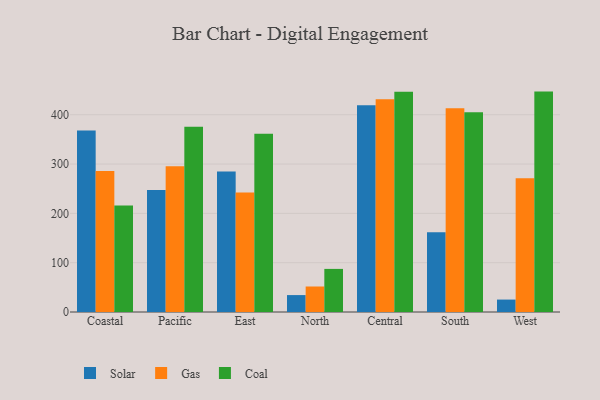
{"axis": {"x": "Region", "y": "Net Income (USD K)"}, "legend": ["Coal", "Gas", "Solar"], "data": [{"x": "Coastal", "y": 368.0, "type": "Solar"}, {"x": "Coastal", "y": 285.7, "type": "Gas"}, {"x": "Coastal", "y": 216.1, "type": "Coal"}, {"x": "Pacific", "y": 247.2, "type": "Solar"}, {"x": "Pacific", "y": 295.5, "type": "Gas"}, {"x": "Pacific", "y": 375.5, "type": "Coal"}, {"x": "East", "y": 284.9, "type": "Solar"}, {"x": "East", "y": 242.2, "type": "Gas"}, {"x": "East", "y": 361.2, "type": "Coal"}, {"x": "North", "y": 34.3, "type": "Solar"}, {"x": "North", "y": 51.7, "type": "Gas"}, {"x": "North", "y": 87.4, "type": "Coal"}, {"x": "Central", "y": 419.0, "type": "Solar"}, {"x": "Central", "y": 431.5, "type": "Gas"}, {"x": "Central", "y": 446.5, "type": "Coal"}, {"x": "South", "y": 161.7, "type": "Solar"}, {"x": "South", "y": 413.0, "type": "Gas"}, {"x": "South", "y": 404.8, "type": "Coal"}, {"x": "West", "y": 25.2, "type": "Solar"}, {"x": "West", "y": 271.4, "type": "Gas"}, {"x": "West", "y": 446.9, "type": "Coal"}]}